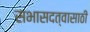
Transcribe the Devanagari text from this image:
सभासदत्वासाठी